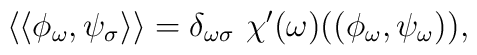
\langle\langle \phi_\omega,\psi_\sigma \rangle\rangle=\delta_{\omega \sigma}~\chi'(\omega)((\phi_\omega,\psi_\omega)),